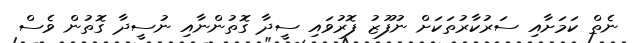
ނެތް ކަމަށާއި ސަރުކާރުތަކަށް ނުފޫޒު ފޮރުވައި ސީދާ ގޮތުންނާއި ނުސީދާ ގޮތުން ވެސް